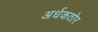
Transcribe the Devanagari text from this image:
अर्धकठोर